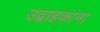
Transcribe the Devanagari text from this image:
उद्वाहकांना